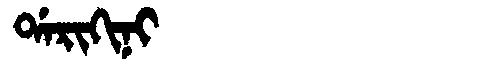
Manchu: ᡩᠠᡵᡳᡴᡳᠨᡳ
Romanization: DARIKINI